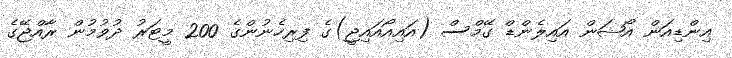
އިންޑިއަން އޯޝަން އައިލެންޑް ގޭމްސް (އައިއޯއައިޖީ)ގެ ފިރިހެނުންގެ 200 މީޓަރު ދުވުމުން ރާއްޖޭގެ